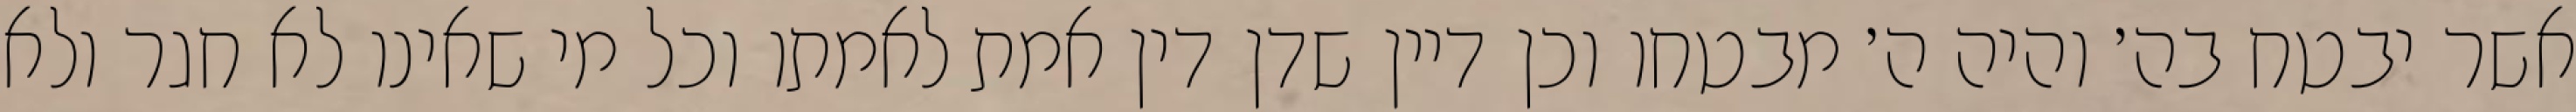
אשר יבטח בה׳ והיה ה׳ מבטחו וכן דיין שדן דין אמת לאמתו וכל מי שאינו לא חגר ולא